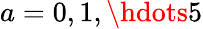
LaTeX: a=0,1,\hdots 5